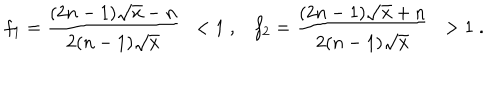
LaTeX: f _ { 1 } = \frac { ( 2 n - 1 ) \sqrt { x } - n } { 2 ( n - 1 ) \sqrt { x } } \; \; < 1 \; , f _ { 2 } = \frac { ( 2 n - 1 ) \sqrt { x } + n } { 2 ( n - 1 ) \sqrt { x } } \; \; > 1 \; .